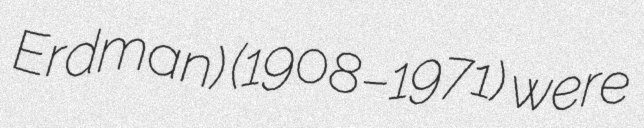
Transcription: Erdman) (1908–1971) were